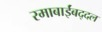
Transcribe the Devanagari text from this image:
रमाबाईंबद्दल